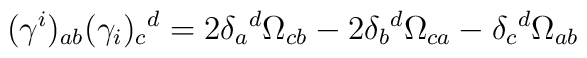
(\gamma^i)_{ a  b  }(\gamma_i)_{c}{}^{d}= 2\delta_{ a }{}^{d}\Omega_{c  b  }-2\delta_{ b  }{}^{d}\Omega_{c  a }-\delta_{c}{}^{d}\Omega_{ a   b  }